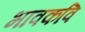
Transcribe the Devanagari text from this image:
भावकवि